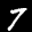
Label: 7